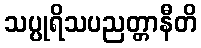
သပ္ပုရိသပညတ္တာနီတိ